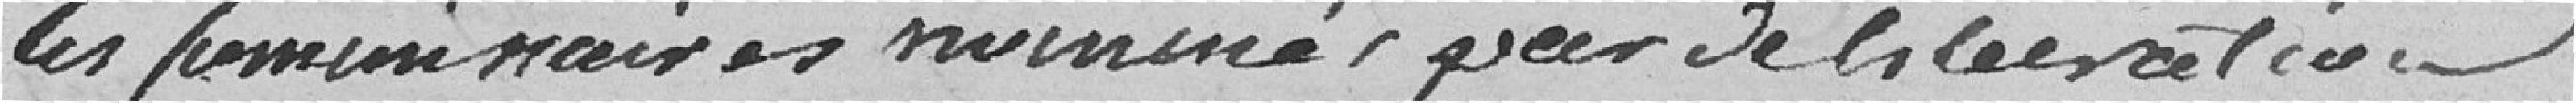
les commissionnaires nommés par délibération